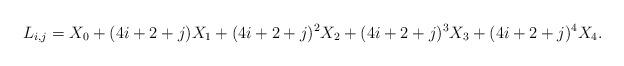
LaTeX: \begin{align*}L_{i,j} = X_0 + (4i+2+j) X_1 + (4i+2+j)^2 X_2 + (4i+2+j)^3 X_3 + (4i+2+j)^4 X_4. \end{align*}